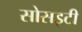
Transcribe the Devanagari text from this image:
सोसइटी